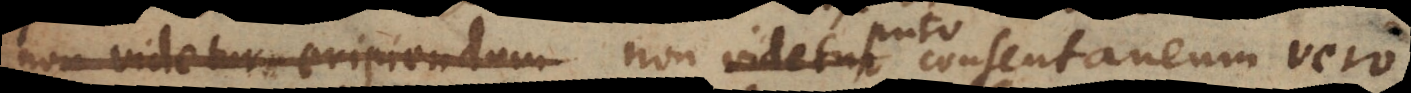
non videtur eripiendum videtur consentaneum vero